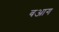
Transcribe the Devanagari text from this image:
बआग